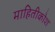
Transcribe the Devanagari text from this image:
माहितीकोश